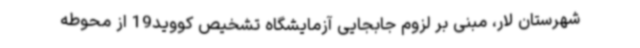
شهرستان لار، مبنی بر لزوم جابجایی آزمایشگاه تشخیص کووید19 از محوطه